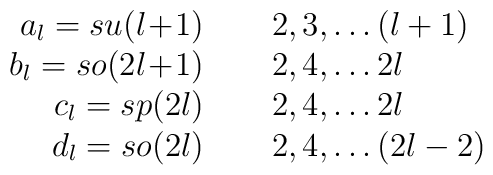
\begin{array}{rl}  a_l= su(l\!+\!1)\hspace{0.2in} & 2,3,\dots (l+1) \\   b_l= so(2l\!+\!1)\hspace{0.2in} & 2,4, \dots 2l \\  c_l= sp(2l)\hspace{0.2in} & 2,4, \dots 2l \\  d_l= so(2l)\hspace{0.2in} & 2,4, \dots (2l-2)   \end{array}